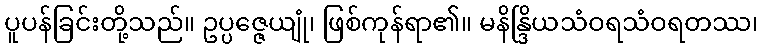
ပူပန်ခြင်းတို့သည်။ ဥပ္ပဇ္ဇေယျုံ၊ ဖြစ်ကုန်ရာ၏။ မနိန္ဒြိယသံဝရသံဝရတဿ၊